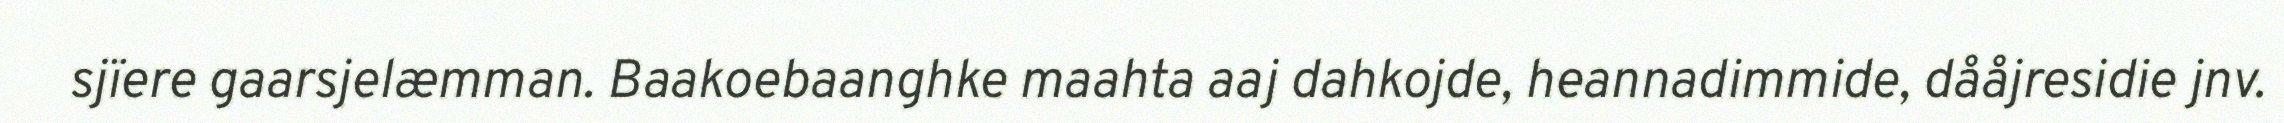
sjïere gaarsjelæmman. Baakoebaanghke maahta aaj dahkojde, heannadimmide, dååjresidie jnv.